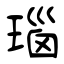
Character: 瑙